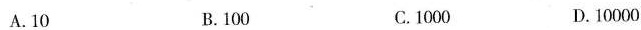
A.10 B.100 C.1000 D.10000